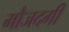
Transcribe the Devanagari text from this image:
मौजदगी